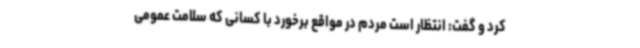
کرد و گفت: انتظار است مردم‌ در مواقع برخورد با کسانی که سلامت عمومی